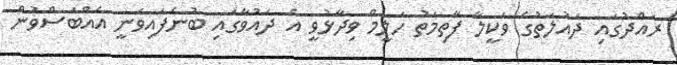
ރައްދުގައި ދައުލަތުގެ ވަކީލާ ފާތިމަތު ހަލީމް ވިދާޅުވީ އެ ދައުވާގައި ބުނެފައިވަނީ އެއްބަސްވުން